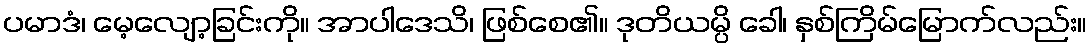
ပမာဒံ၊ မေ့လျော့ခြင်းကို။ အာပါဒေသိ၊ ဖြစ်စေ၏။ ဒုတိယမ္ပိ ခေါ၊ နှစ်ကြိမ်မြောက်လည်း။